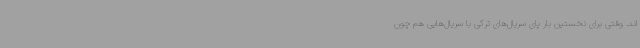
اند. وقتی برای نخستین بار پای سریال‌های ترکی با سریال‌هایی هم چون